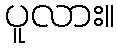
ပူလား။